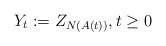
\begin{align*}Y_t:=Z_{N(A(t))},t\ge0\end{align*}